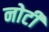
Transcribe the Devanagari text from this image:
नोटी